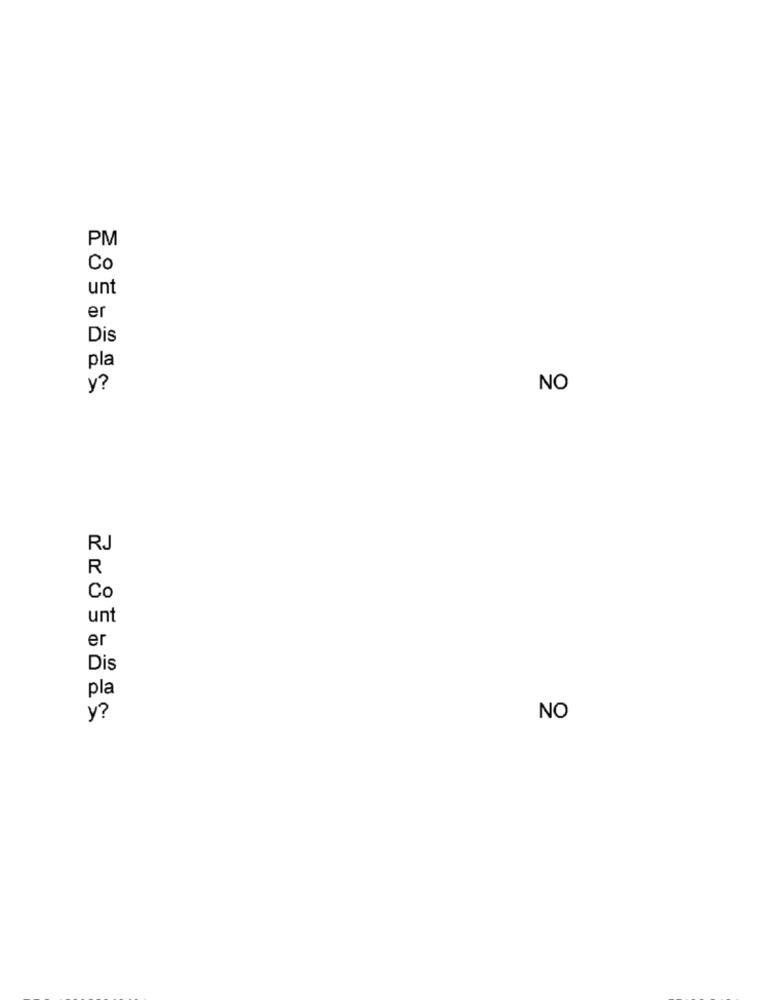
PM
Co
unt
er
Dis
pla
y?
NO
RJ
R
Co
unt
er
Dis
pla
y?
NO